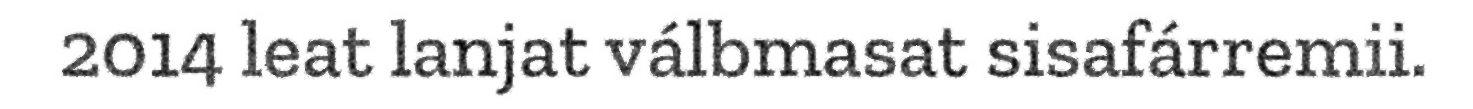
2014 leat lanjat válbmasat sisafárremii.